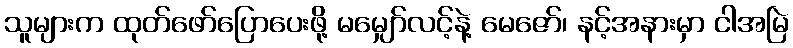
သူများက ထုတ်ဖော်ပြောပေးဖို့ မမျှော်လင့်နဲ့ မေဇော်၊ နင့်အနားမှာ ငါအမြဲ